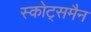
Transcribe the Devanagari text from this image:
स्कोट्समैन